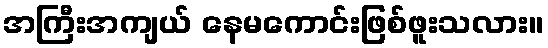
အကြီးအကျယ် နေမကောင်းဖြစ်ဖူးသလား။